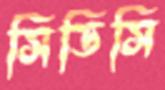
সিডিসি